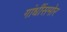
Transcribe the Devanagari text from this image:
गांधींसमोर